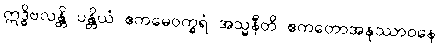
ဣဒ္ဓိဗလန္တိ ပန္တိယံ ဧကမေဝက္ခရံ အသ္မနီတိ ဧကတောအနုဿာဝနေ